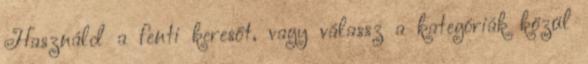
Használd a fenti keresőt, vagy válassz a kategóriák közül